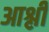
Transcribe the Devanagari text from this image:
आश्ली